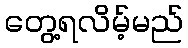
တွေ့ရလိမ့်မည်